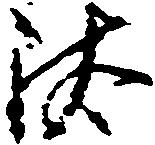
汰